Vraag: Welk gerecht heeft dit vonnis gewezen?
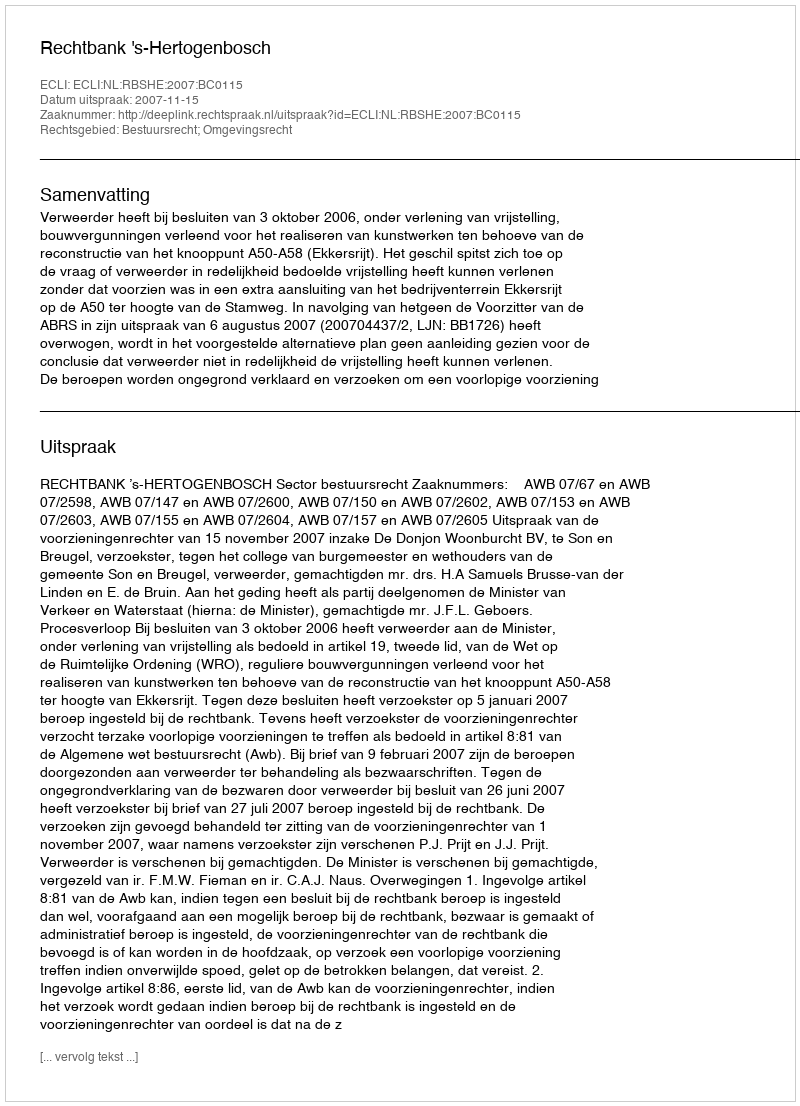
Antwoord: Rechtbank 's-Hertogenbosch